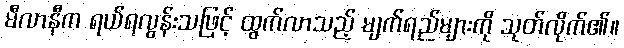
မီလာနီက ရယ်ရလွန်းသဖြင့် ထွက်လာသည့် မျက်ရည်များကို သုတ်လိုက်၏။